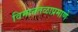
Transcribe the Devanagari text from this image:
विमानतळाप्रमाणे